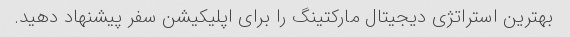
بهترین استراتژی دیجیتال مارکتینگ را برای اپلیکیشن سفر پیشنهاد دهید.